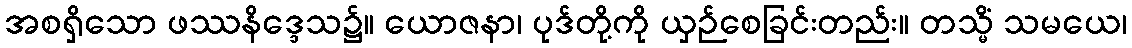
အစရှိသော ဖဿနိဒ္ဒေသ၌။ ယောဇနာ၊ ပုဒ်တို့ကို ယှဉ်စေခြင်းတည်း။ တသ္မိံ သမယေ၊